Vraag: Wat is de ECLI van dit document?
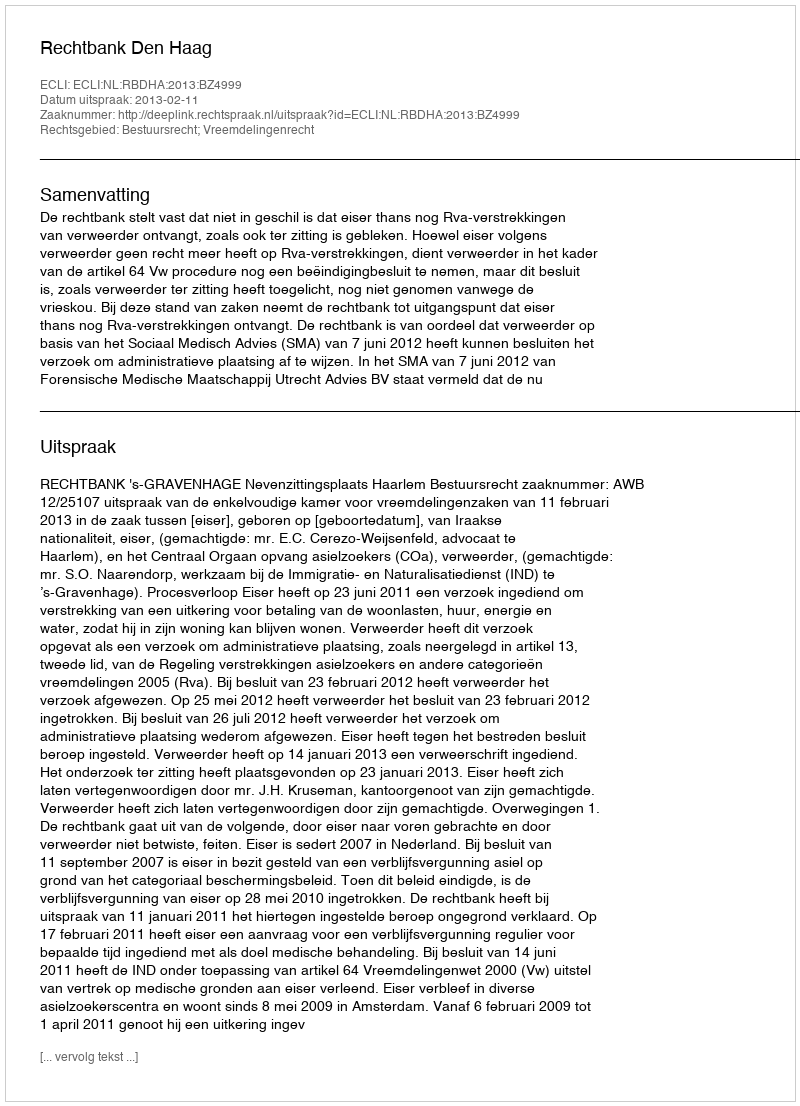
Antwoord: ECLI:NL:RBDHA:2013:BZ4999